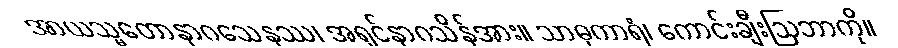
အာယသ္မတောနာဂသေနဿ၊ အရှင်နာဂသိန်အား။ သာဓုကာရံ၊ ကောင်းချီးဩဘာကို။